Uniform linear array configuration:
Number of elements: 24
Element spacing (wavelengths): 0.75
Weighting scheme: binomial
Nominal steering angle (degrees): -30
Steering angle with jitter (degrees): -30.432
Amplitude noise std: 0.05
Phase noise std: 0.05

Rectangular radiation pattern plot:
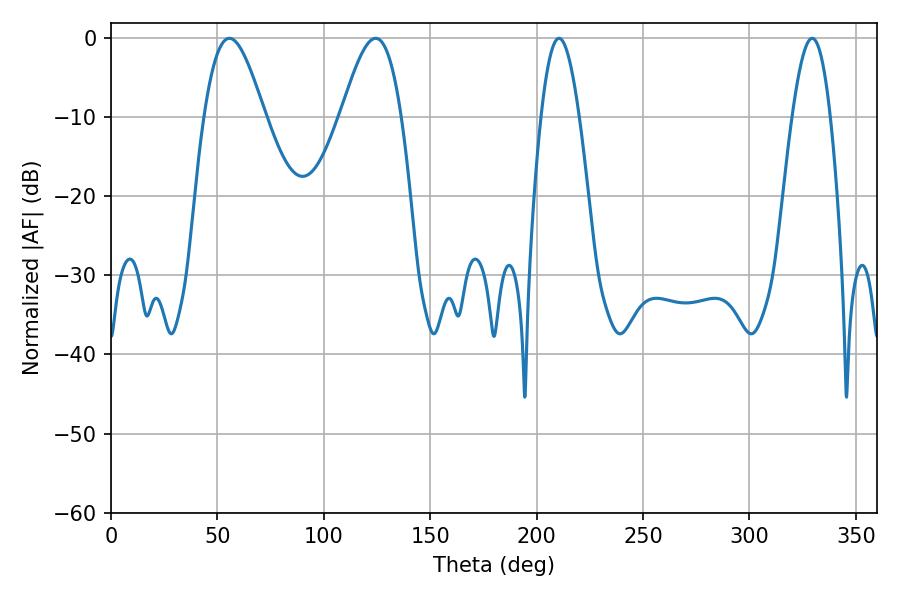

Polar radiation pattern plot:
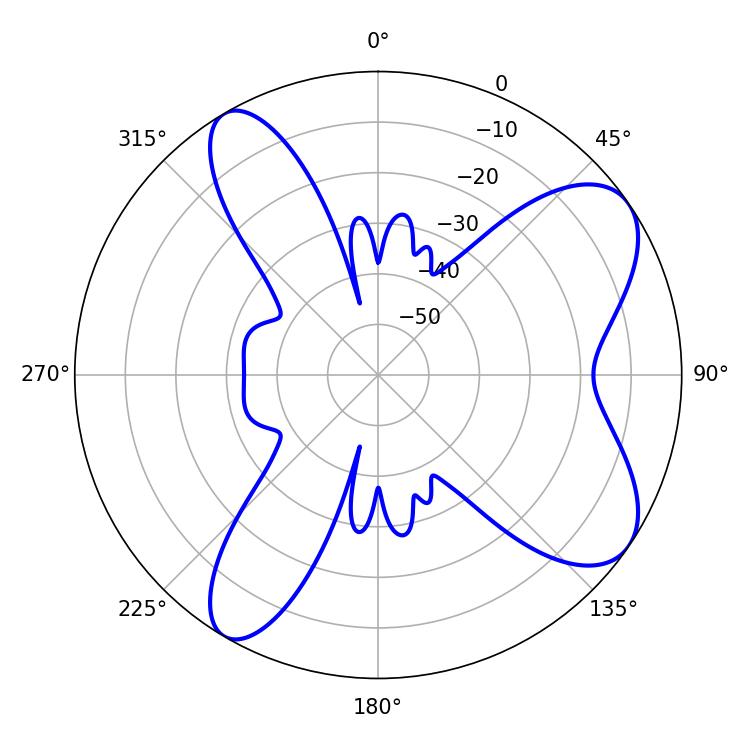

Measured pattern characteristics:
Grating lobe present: TRUE
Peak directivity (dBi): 8.11
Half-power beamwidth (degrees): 15.12
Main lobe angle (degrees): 55.62